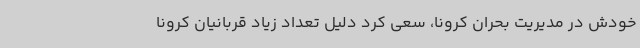
خودش در مدیریت بحران کرونا، سعی کرد دلیل تعداد زیاد قربانیان کرونا